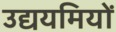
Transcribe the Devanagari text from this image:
उद्ययमियों